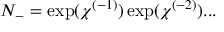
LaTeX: N _ { - } = \exp ( \chi ^ { ( - 1 ) } ) \exp ( \chi ^ { ( - 2 ) } ) . . .